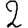
Digit: 2